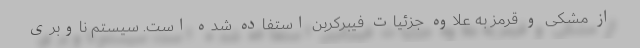
از مشکی و قرمز به علاوه جزئیات فیبرکربن استفاده شده است. سیستم ناوبری